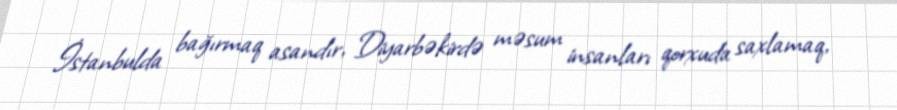
İstanbulda bağırmaq asandır, Diyarbəkirdə məsum insanları qorxuda saxlamaq,